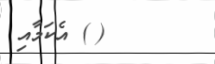
(@) އެކަމާއި